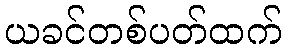
ယခင်တစ်ပတ်ထက်